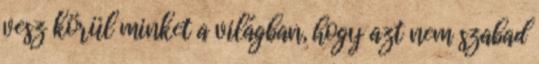
vesz körül minket a világban, hogy azt nem szabad